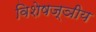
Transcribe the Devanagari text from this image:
विशेषज्ञीय